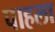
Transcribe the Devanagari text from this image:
पाहला